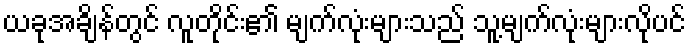
ယခုအချိန်တွင် လူတိုင်း၏ မျက်လုံးများသည် သူ့မျက်လုံးများလိုပင်